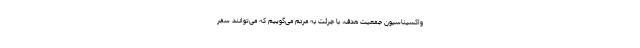
واکسیناسیون جمعیت هدف، با جرئت به مردم می‌گوییم که می‌توانند سفر